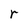
Character: r